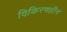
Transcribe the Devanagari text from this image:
विकिरणहीन